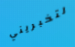
لتخبريني